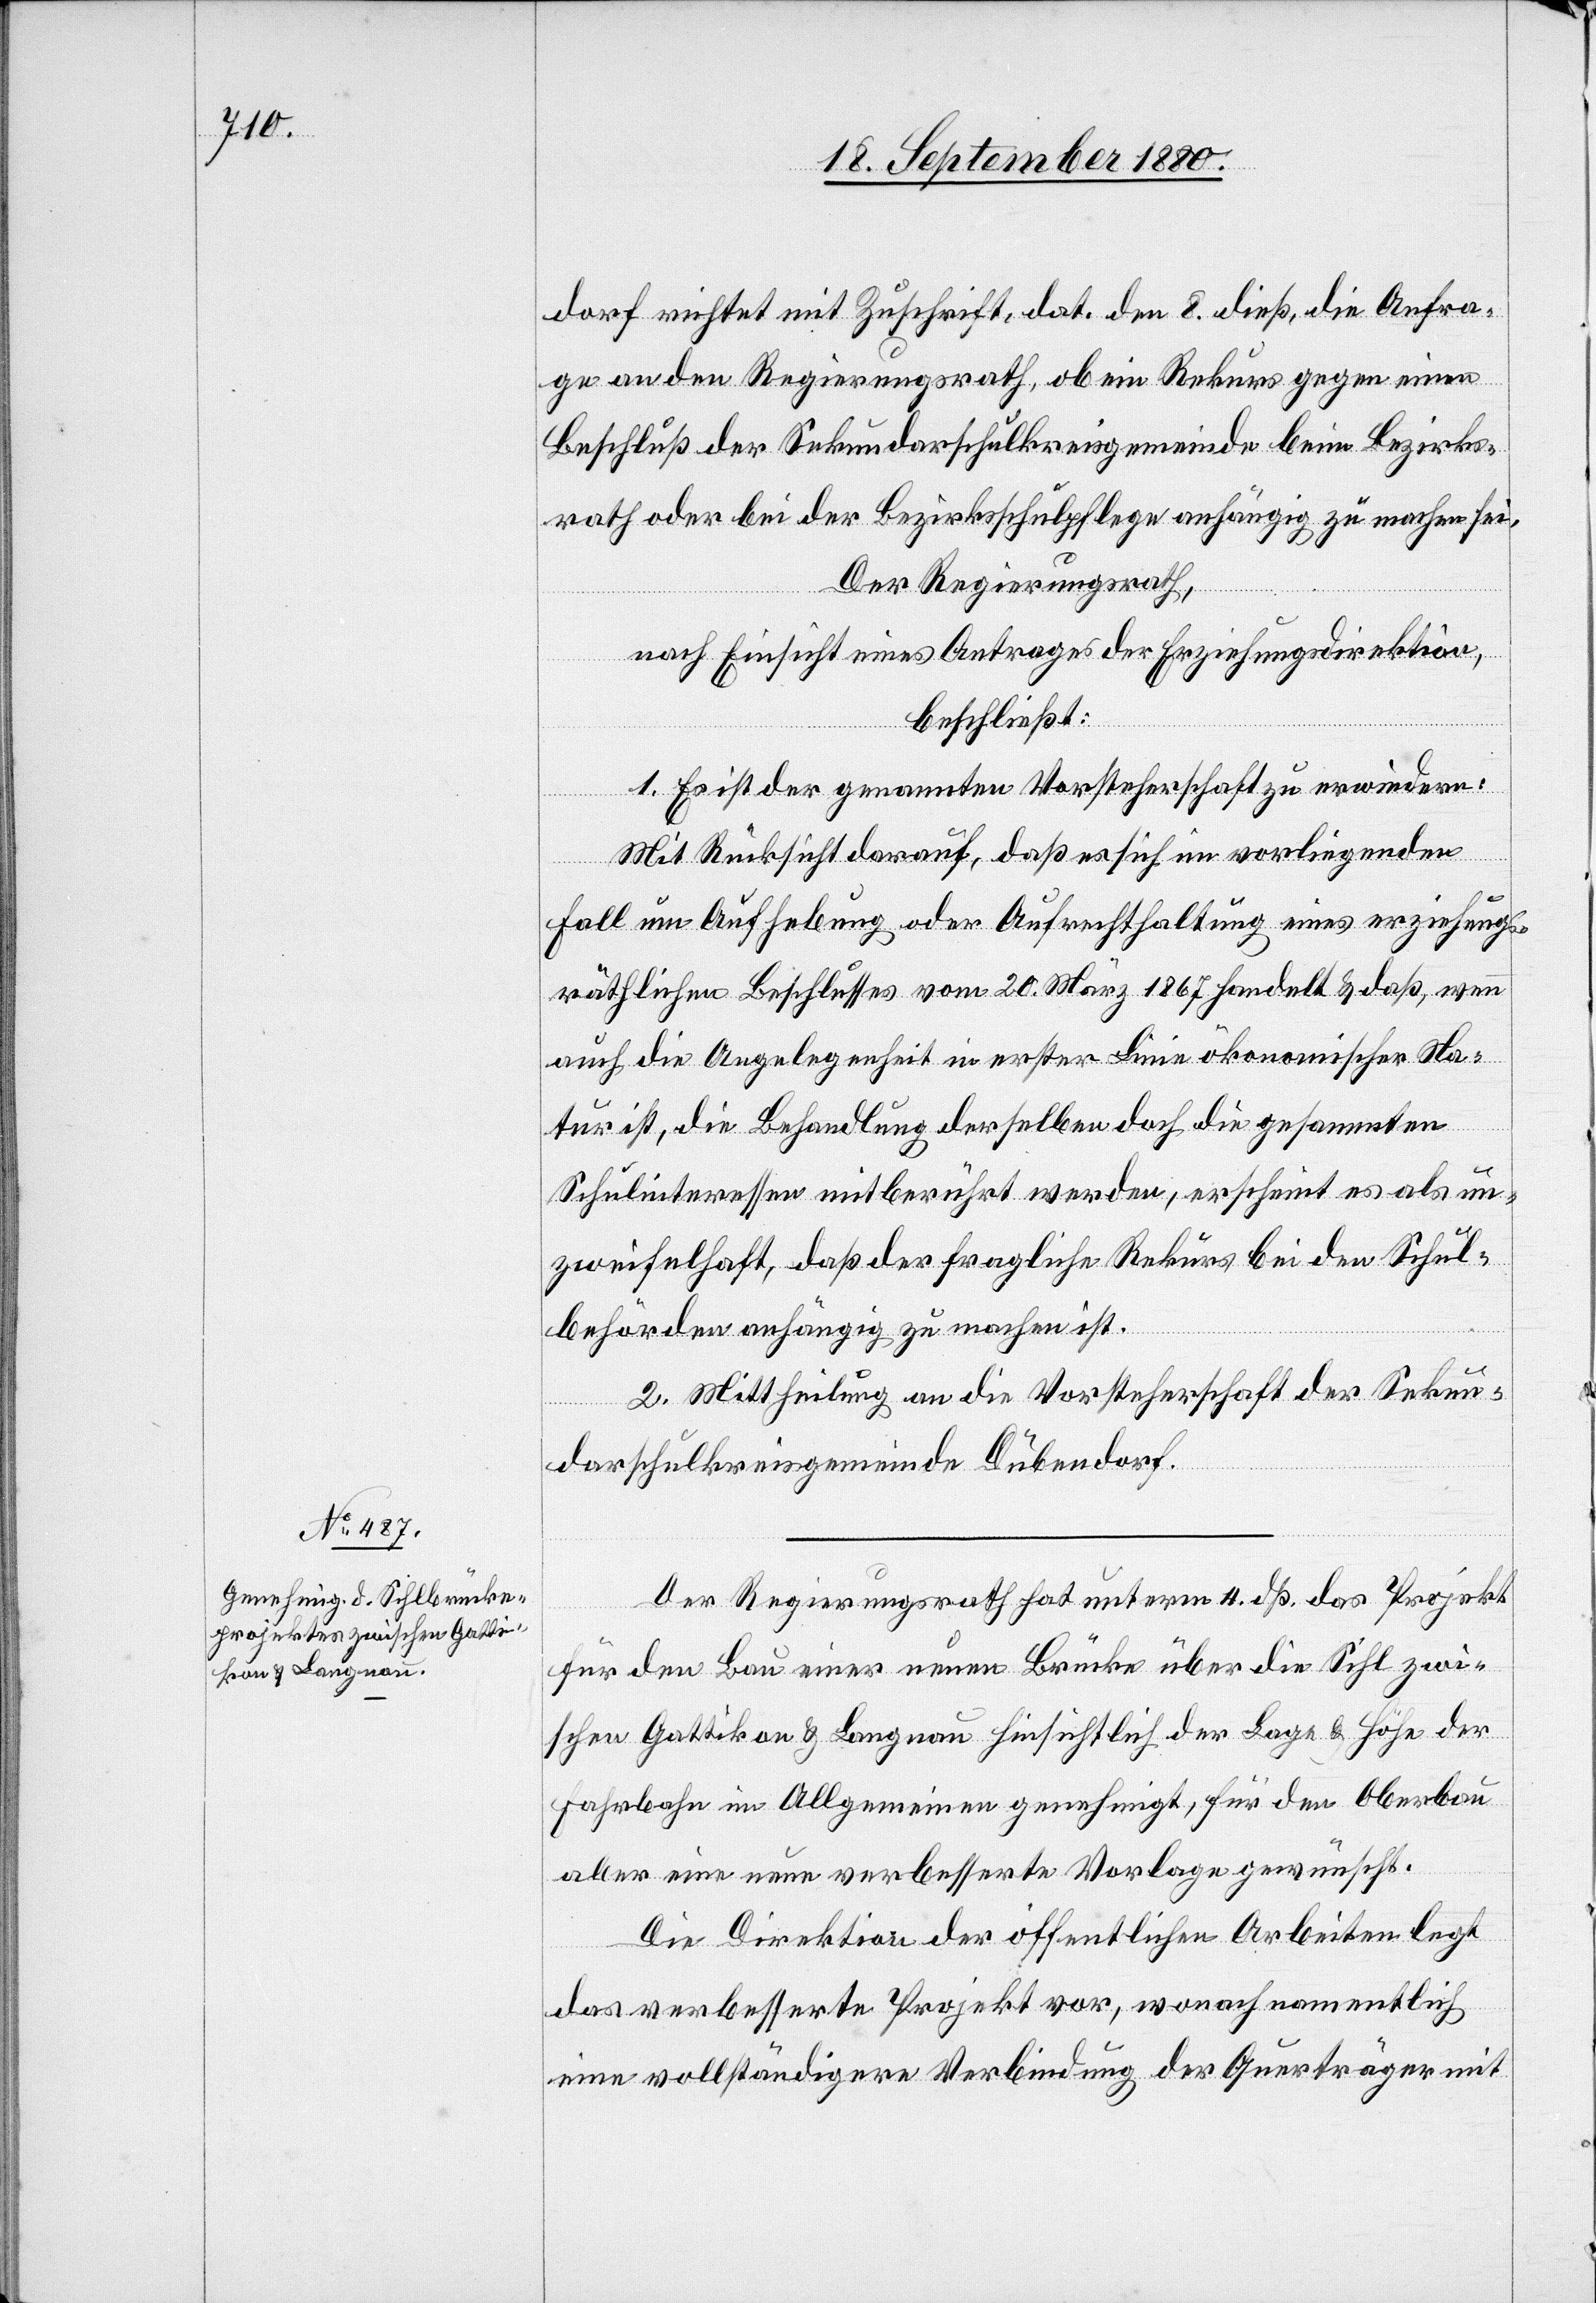
dorf richtet mit Zuschrift, dat. den 8. dieß, die Anfra¬
ge an den Regierungsrath, ob ein Rekurs gegen einen
Beschluß der Sekundarschulkreisgemeinde beim Bezirks¬
rath oder bei der Bezirksschulpflege anhängig zu machen sei.
Der Regierungsrath,
nach Einsicht eines Antrages der Erziehungsdirektion,
beschließt:
1. Es ist der genannten Vorsteherschaft zu erwiedern:
Mit Rücksicht darauf, daß es sich im vorliegenden
Fall um Aufhebung oder Aufrechthaltung eines erziehungs¬
räthlichen Beschlusses vom 20. März 1867 handelt & daß, wenn
auch die Angelegenheit in erster Linie ökonomischer Na¬
tur ist, die Behandlung derselben doch die gesammten
Schulinteressen mitberührt werden, erscheint es als un¬
zweifelhaft, daß der fragliche Rekurs bei den Schul¬
behörden anhängig zu machen ist.
2. Mittheilung an die Vorsteherschaft der Sekun¬
darschulkreisgemeinde Dübendorf.
Der Regierungsrath hat unterm 4. dß. das Projekt
für den Bau einer neuen Brücke über die Sihl zwi¬
schen Gattikon & Langnau hinsichtlich der Lage & Höhe der
Fahrbahn im Allgemeinen genehmigt, für den Oberbau
aber eine neue verbesserte Vorlage gewünscht.
Die Direktion der öffentlichen Arbeiten legt
das verbesserte Projekt vor, wonach namentlich
eine vollständigere Verbindung der Querträger mit